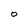
Character: O